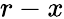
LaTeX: r-x